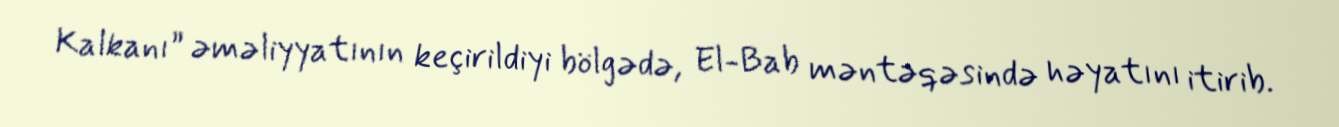
Kalkanı” əməliyyatının keçirildiyi bölgədə, El-Bab məntəqəsində həyatını itirib.